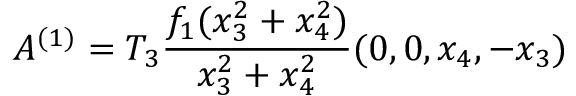
A ^ { ( 1 ) } = T _ { 3 } \frac { f _ { 1 } ( x _ { 3 } ^ { 2 } + x _ { 4 } ^ { 2 } ) } { x _ { 3 } ^ { 2 } + x _ { 4 } ^ { 2 } } ( 0 , 0 , x _ { 4 } , - x _ { 3 } )